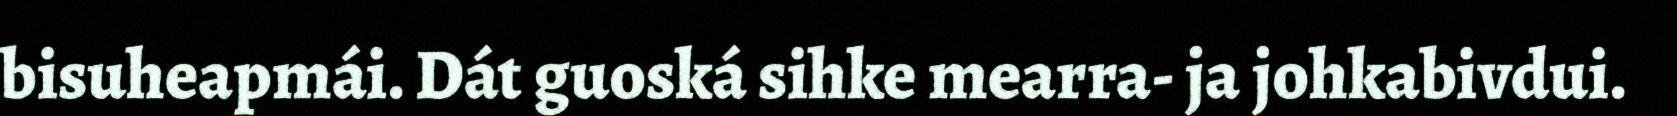
bisuheapmái. Dát guoská sihke mearra- ja johkabivdui.